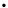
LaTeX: \begin{array}{rl}\end{array}.